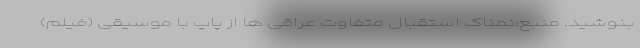
بنوشید. منبع:نمناک استقبال متفاوت عراقی ها از پاپ با موسیقی (فیلم)